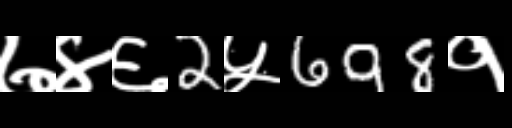
Text: ७४६2५698१